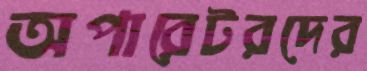
অপারেটরদের